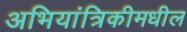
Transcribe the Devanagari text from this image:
अभियांत्रिकीमधील